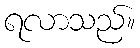
ရလာသည်။